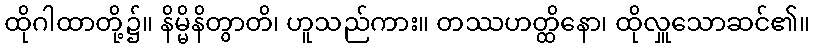
ထိုဂါထာတို့၌။ နိမ္မိနိတွာတိ၊ ဟူသည်ကား။ တဿဟတ္ထိနော၊ ထိုလှူသောဆင်၏။